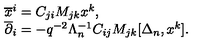
\begin{array} { l } { { \overline { x } ^ { i } } = C _ { j i } M _ { j k } x ^ { k } , } \\ { { \overline { \partial } _ { i } } = - q ^ { - 2 } \Lambda _ { n } ^ { - 1 } C _ { i j } M _ { j k } [ \Delta _ { n } , x ^ { k } ] . } \\ \end{array}